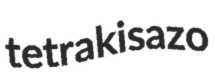
tetrakisazo